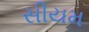
સીયમ